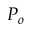
P _ { o }